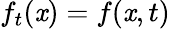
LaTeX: f_{t}(\mathit{x})=f(\mathit{x},t)